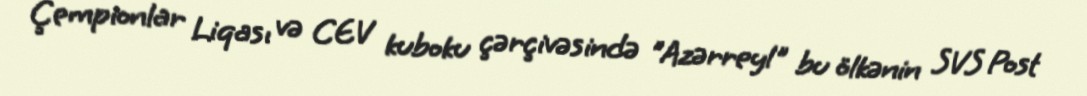
Çempionlar Liqası və CEV kuboku çərçivəsində "Azərreyl" bu ölkənin SVS Post